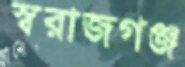
স্বরাজগঞ্জ